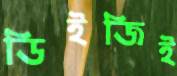
ডিইজিই